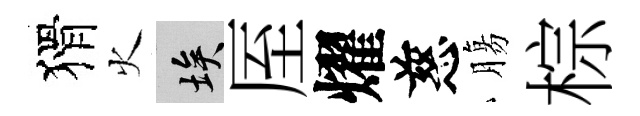
猾火埃厔燿慈膓棕